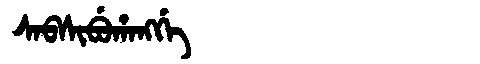
Manchu: ᠰᠠᠪᠰᡳᠪᡠᡥᠠᠩᡤᡝ
Romanization: SABSIBUHANGGE